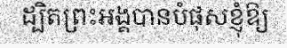
ដ្បិតព្រះអង្គបានបំផុសខ្ញុំឱ្យ